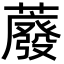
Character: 䕠